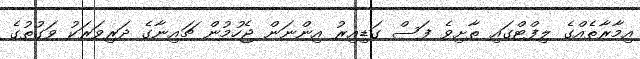
އިމާރާތެއްގެ ލިފްޓްގައި ތާށިވެ ފަސް ގަޑިއިރު އިންނަން ޖެހުމުން ޗައިނާގެ ދަރިވަރަކު ވަގުތުގެ